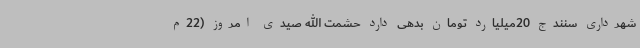
شهرداری سنندج 20میلیارد تومان بدهی دارد حشمت الله صیدی امروز (22م